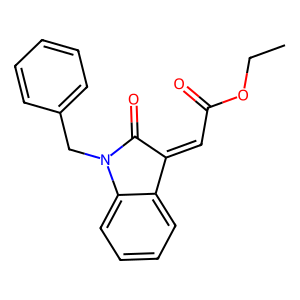
SMILES: CCOC(=O)C=C1C(=O)N(Cc2ccccc2)c2ccccc21
Inhibits HIV replication: No